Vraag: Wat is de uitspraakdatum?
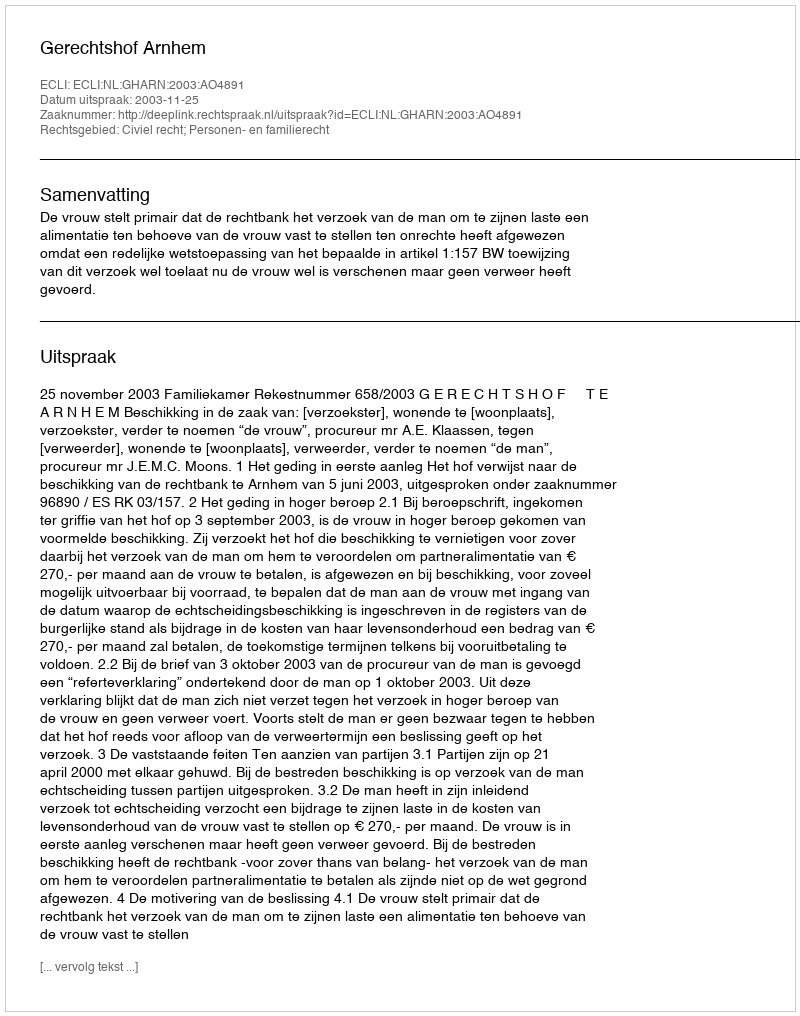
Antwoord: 2003-11-25